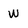
Character: W